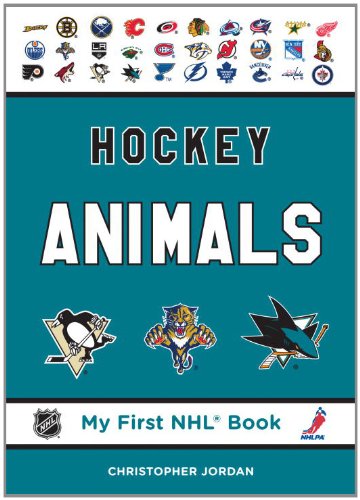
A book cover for Hockey Animals (My First NHL Book); Christopher Jordan; Children's Books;